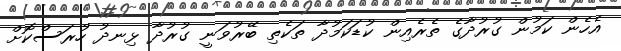
އެހެން ކަމުން ގުރުދާގެ ތެރެއިން ކުޑަކަމުދާ ތަކެތި ބޭރުވަނީ ގުރުދާ ޅިނދު ހުރަސްކޮށް